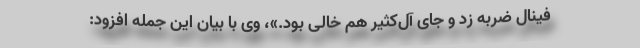
فینال ضربه زد و جای آل‌کثیر هم خالی بود.»، وی با بیان این جمله افزود: